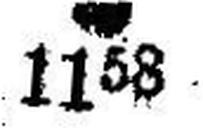
● 1158